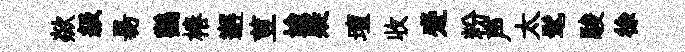
歘級昜鸛椿邂荳媮疑壇收蹙粉声太髦駿徐